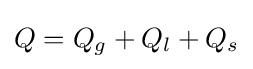
Q=Q_{g}+Q_{l}+Q_{s}